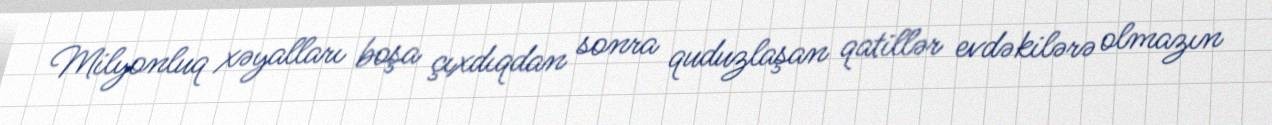
Milyonluq xəyalları boşa çıxdıqdan sonra quduzlaşan qatillər evdəkilərə olmazın